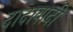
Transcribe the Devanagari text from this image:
दादावादी